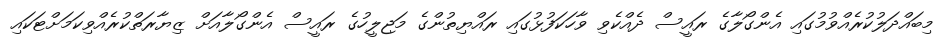
މިބައްދަލުކުރެއްވުމުގައި އެންގޯލާގެ ރައީސް ދެއްކެވި ވާހަކަފުޅުގައި ރައްޔިތުންގެ މަޖިލީހުގެ ރައީސް އެންގޯލާއަށް ޒިޔާރަތްކުރެއްވިކަމަށްޓަކައި